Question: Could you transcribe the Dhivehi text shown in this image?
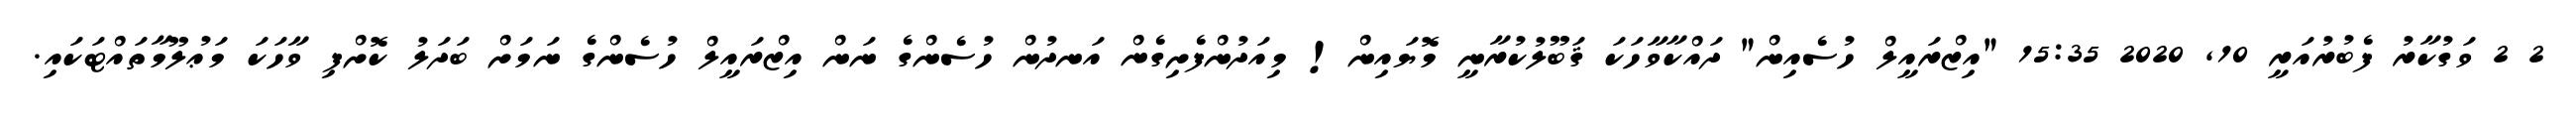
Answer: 2 2 ވަގުކާރު ފެބުރުއަރީ 10, 2020 15:35 "އިޒްރައީލް ހުސެއިން" ދައްކާވާހަކަ ޤަބޫލުކުރާނީ މޮޔައިން! މިއަދުންފެށިގެން އަނދުން ހުސެންގެ ނަން އިޒްރައީލް ހުސެންގެ ނަމަށް ބަދަލު ކޮށްފި ވާހަކަ މަޢުލޫމާތައްޓަކައި.